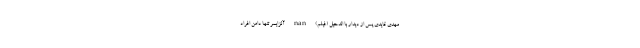
مهدی قایدی پس از دیدار با الدحیل (فیلم) nan آلزایمر تنها دامن افراد